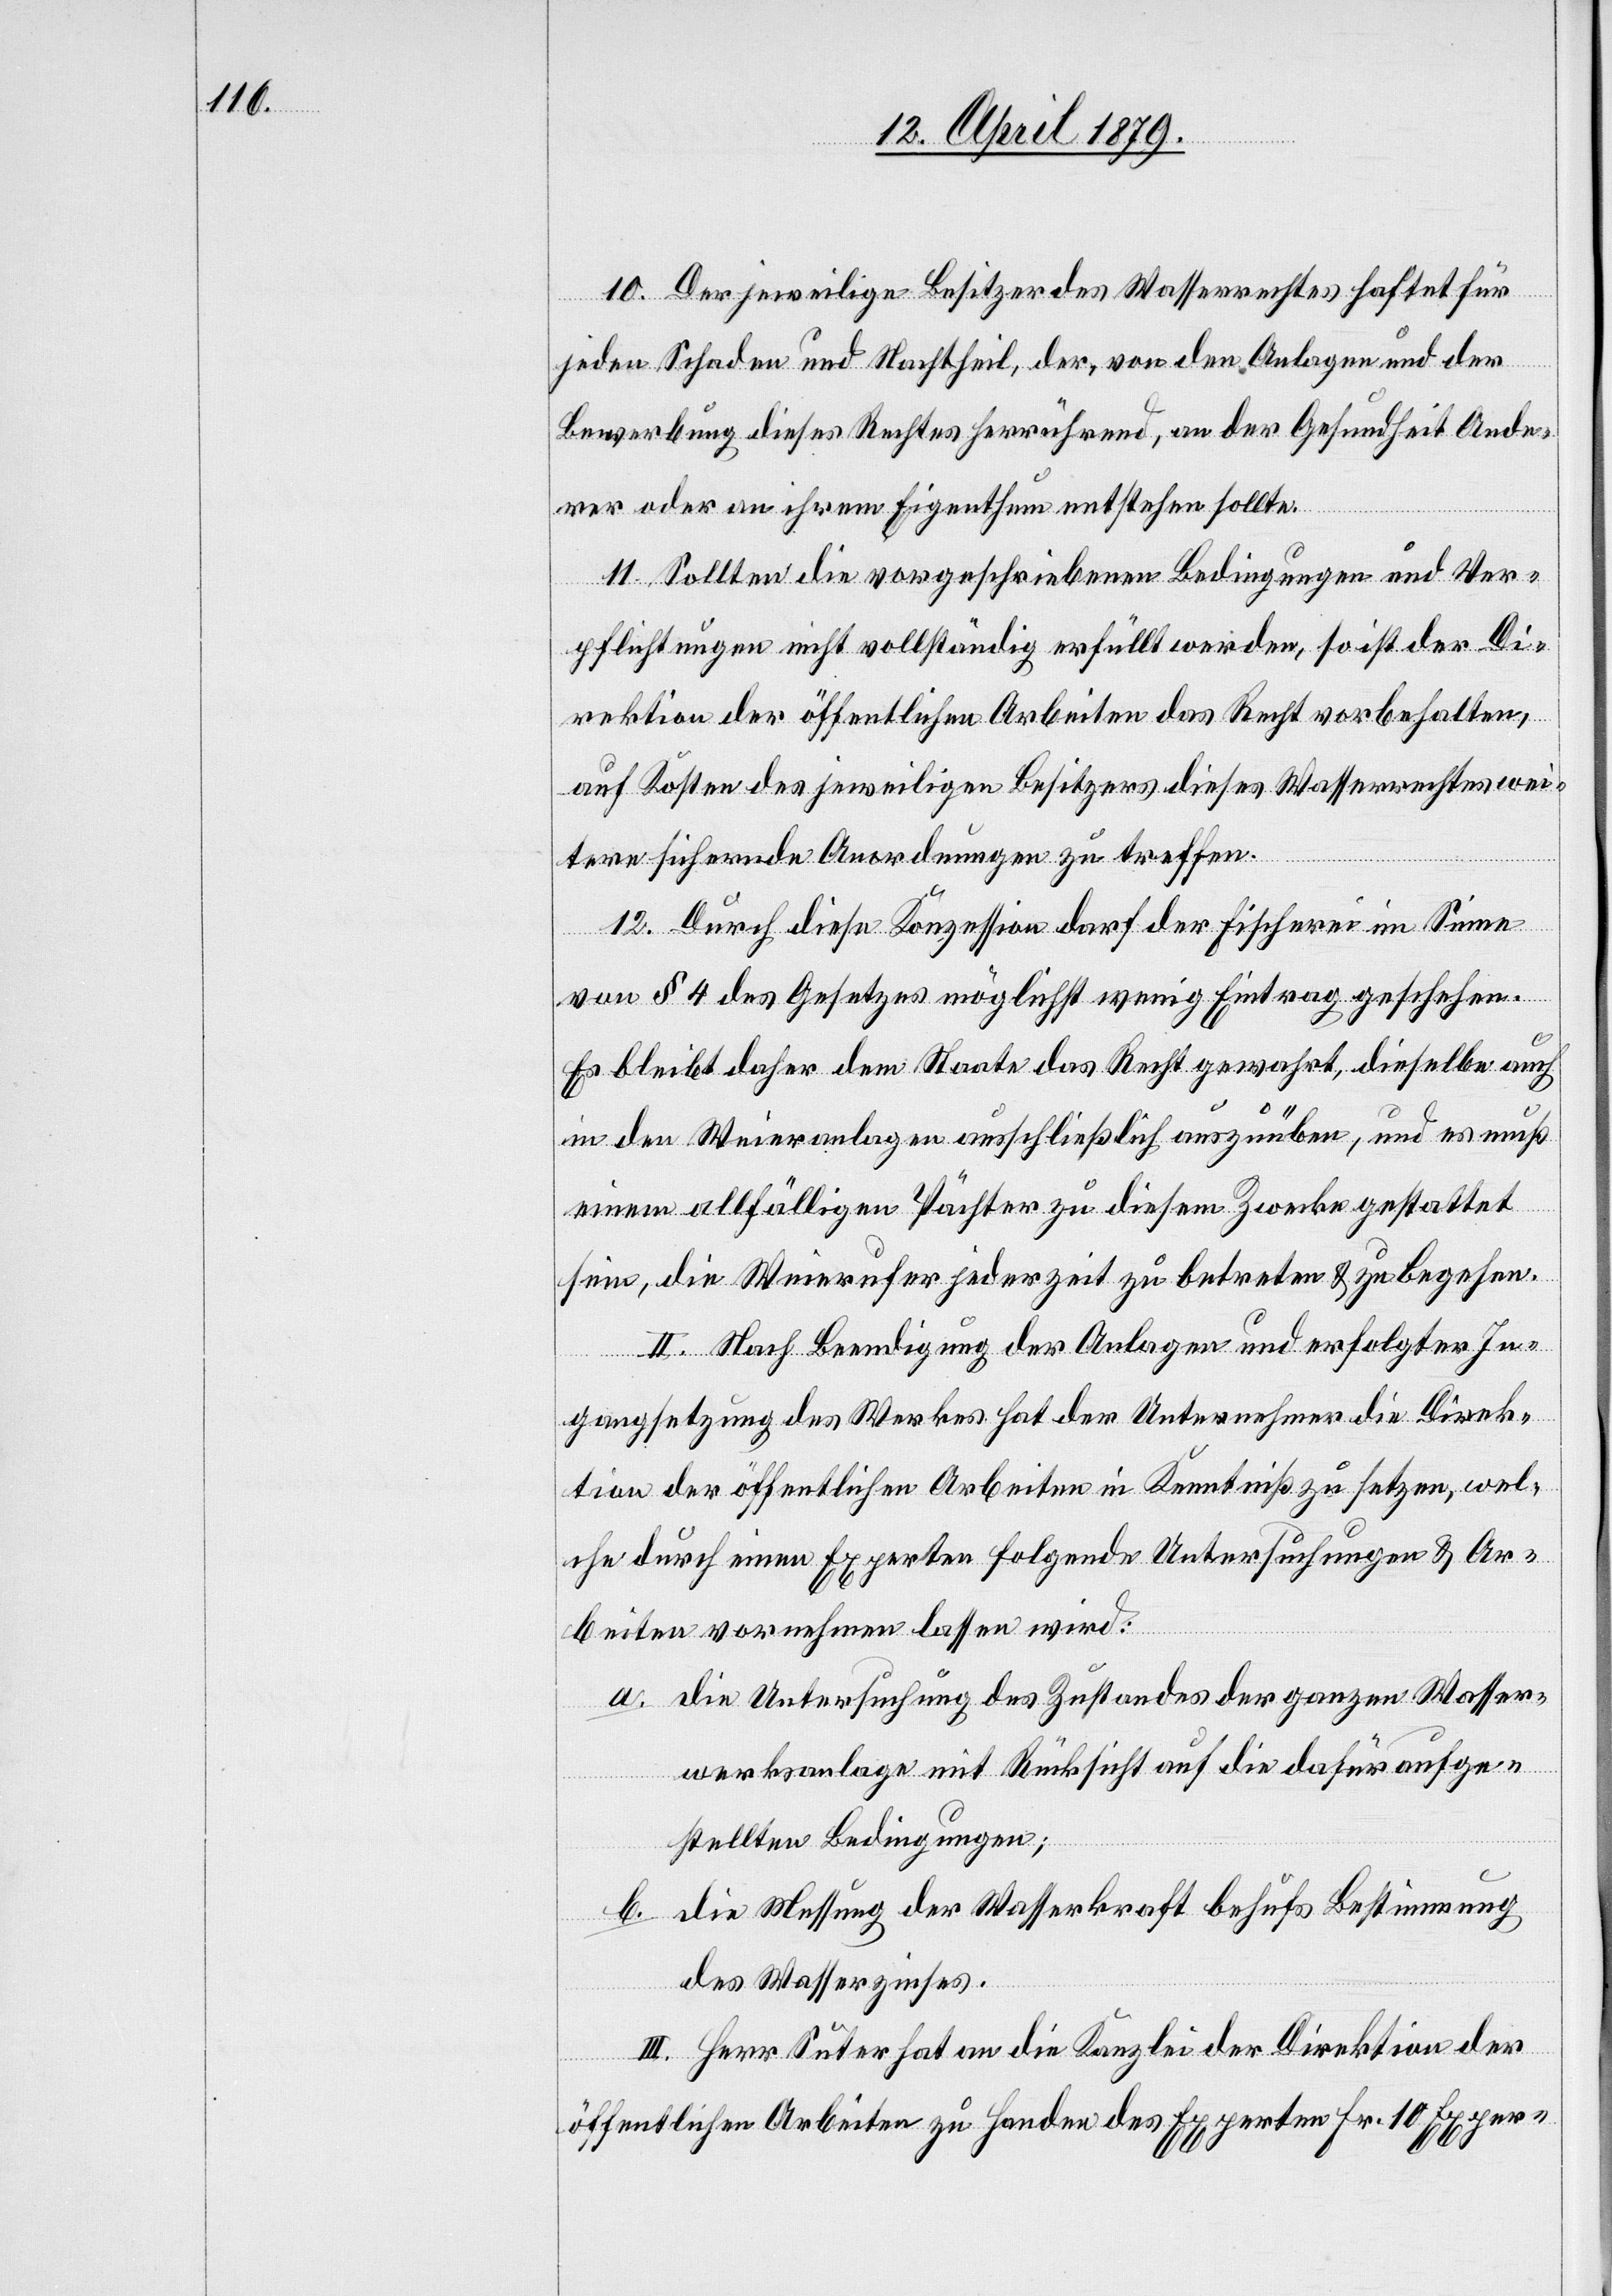
10. Der jeweilige Besitzer des Wasserrechtes haftet für
jeden Schaden und Nachtheil, der, von den Anlagen und der
Bewerbung dieses Rechtes herrührend, an der Gesundheit Ande¬
rer oder an ihrem Eigenthum entstehen sollte.
11. Sollten die vorgeschriebenen Bedingungen und Ver¬
pflichtungen nicht vollständig erfüllt werden, so ist der Di¬
rektion der öffentlichen Arbeiten das Recht vorbehalten,
auf Kosten des jeweiligen Besitzers dieses Wasserrechtes wei¬
tere sichernde Anordnungen zu treffen.
12. Durch diese Konzession darf der Fischerei im Sinne
von § 4 des Gesetzes möglichst wenig Eintrag geschehen.
Es bleibt daher dem Staates das Recht gewahrt, dieselbe auch
in den Weieranlagen ausschließlich auszuüben, und es muß
einem allfälligen Pächter zu diesem Zwecke gestattet
sein, die Weierufer jederzeit zu betreten & zu begehen.
II. Nach Beendigung der Anlagen und erfolgter In¬
gangsetzung des Werkes hat der Unternehmer die Direk¬
tion der öffentlichen Arbeiten in Kenntniß zu setzen, wel¬
che durch einen Experten folgende Untersuchungen & Ar¬
beiten vornehmen lassen wird:
a. die Untersuchung des Zustandes der ganzen Wasser¬
werksanlage mit Rücksicht auf die dafür aufge¬
stellten Bedingungen;
b. die Messung der Wasserkraft behufs Bestimmung
des Wasserzinses.
III. Herr Suter hat an die Kanzlei der Direktion der
öffentlichen Arbeiten zu Handen des Experten Fr. 10 Exper-